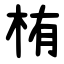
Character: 栯